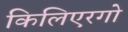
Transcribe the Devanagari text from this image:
किलिएरगो